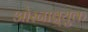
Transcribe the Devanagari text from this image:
ओस्नाब्र्युक